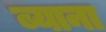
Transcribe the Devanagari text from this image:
ब्याना